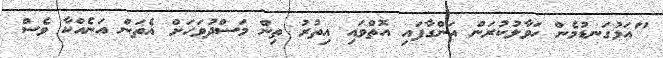
"އަޅުގަނޑުމެން ހަވާލުކުރަން އަންގާފައި އޮތްވައި އިތުރު ތިން މަސްދުވަހަށް އެތަން އަނެއްކާ ވެސް